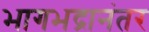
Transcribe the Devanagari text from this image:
भागभद्रानंतर